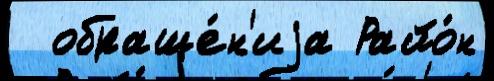
  обраще́н'иjа Райо́н